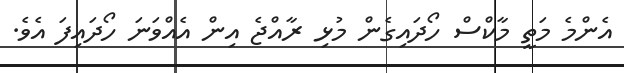
އެންމެ މަތީ މާކްސް ހޯދައިގެން މުޅި ރާއްޖެ އިން އެއްވަނަ ހޯދައިފަ އެވެ.